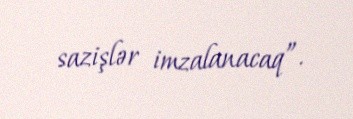
sazişlər imzalanacaq”.